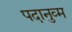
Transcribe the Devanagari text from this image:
पदानुव्म